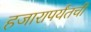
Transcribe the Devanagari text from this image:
हजारापर्यंतची